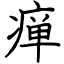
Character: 瘅